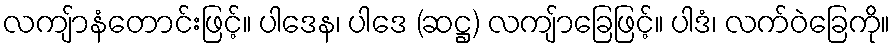
လကျ်ာနံတောင်းဖြင့်။ ပါဒေန၊ ပါဒေ (ဆဋ္ဌ) လကျ်ာခြေဖြင့်။ ပါဒံ၊ လက်ဝဲခြေကို။